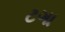
ટગા